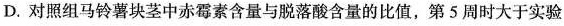
D.对照组马铃薯块茎中赤霉素含量与脱落酸含量的比值，第5周时大于实验